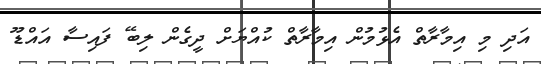
އަދި މި އިމާރާތް އެޅުމުން އިމާރާތް ކުއްޔަށް ދީގެން ލިބޭ ފައިސާ އައްޑޫ